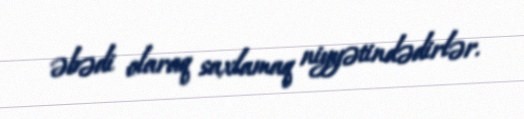
əbədi olaraq saxlamaq niyyətindədirlər.